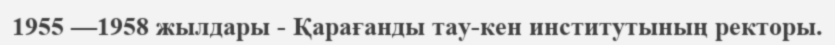
1955 —1958 жылдары - Қарағанды тау-кен институтының ректоры.